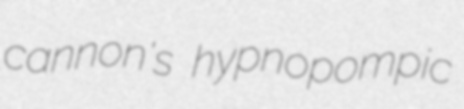
cannon's hypnopompic